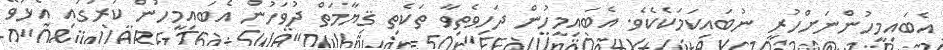
އެބައިމީހުންނަށްހުރި ނުބައިކަމަކެކެވެ. އެބައިމީހުން ދަހިވެތިވާ ތަކެތި ޤިޔާމަތް ދުވަހުން އެބައިމީހުން ކަރުގައި އެޅުވޭ